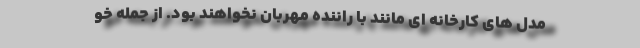
مدل های کارخانه ای مانند با راننده مهربان نخواهند بود. از جمله خو